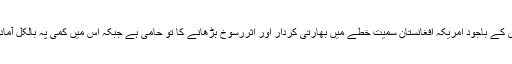
تاہم اس کے باجود امریکہ افغانستان سمیت خطے میں بھارتی کردار اور اثررسوخ بڑھانے کا تو حامی ہے جبکہ اس میں کمی پہ بالکل آمادہ نہیں۔